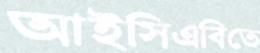
আইসিএবিতে